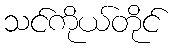
သင်ကိုယ်တိုင်